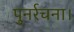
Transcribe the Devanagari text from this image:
पुनर्रचना।